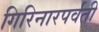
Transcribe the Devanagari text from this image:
गिरिनारपर्वती